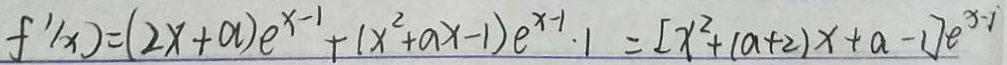
f ^ { \prime } ( x ) = ( 2 x + a ) e ^ { x - 1 } + ( x ^ { 2 } + a x - 1 ) e ^ { x - 1 } \cdot 1 = [ x ^ { 2 } + ( a + 2 ) x + a - 1 ] e ^ { x - 1 }